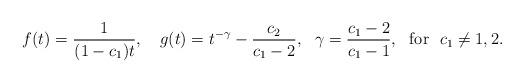
LaTeX: \begin{align*}f(t)=\frac{1}{(1-c_{1})t},\ \ \ g(t)=t^{-\gamma}-\frac{c_{2}}{c_{1}-2},\ \ \gamma=\frac{c_{1}-2}{c_{1}-1},\ \ \mathrm{for}\ \ c_{1}\not =1,2.\end{align*}